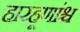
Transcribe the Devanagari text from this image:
हारहूणांश्च